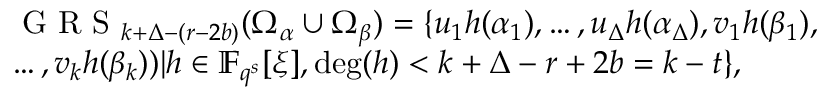
\begin{array} { r l } & { \textrm { G R S } _ { k + \Delta - ( r - 2 b ) } ( \Omega _ { \alpha } \cup \Omega _ { \beta } ) = \{ u _ { 1 } h ( \alpha _ { 1 } ) , \ldots , u _ { \Delta } h ( \alpha _ { \Delta } ) , v _ { 1 } h ( \beta _ { 1 } ) , } \\ & { \ldots , v _ { k } h ( \beta _ { k } ) ) | h \in \mathbb { F } _ { q ^ { s } } [ \xi ] , \deg ( h ) < k + \Delta - r + 2 b = k - t \} , } \end{array}